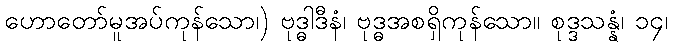
ဟောတော်မူအပ်ကုန်သော၊) ဗုဒ္ဓါဒီနံ၊ ဗုဒ္ဓအစရှိကုန်သော။ စုဒ္ဒသန္နံ၊ ၁၄၊